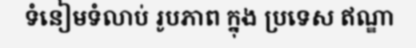
ទំនៀមទំលាប់ រូបភាព ក្នុង ប្រទេស ឥណ្ឌា